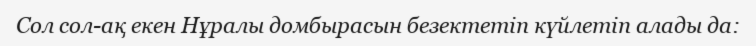
Сол сол-ақ екен Нұралы домбырасын безектетіп күйлетіп алады да: